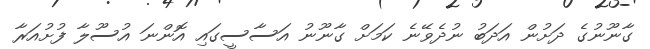
ގާނޫނުގެ ދަށުން އަދަބު ނުދެވޭނެ ކަމަށް ގާނޫނު އަސާސީގައި އޮންނަ އުސޫލާ ފުށުއަރާ